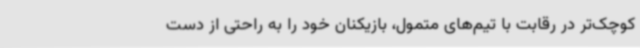
کوچک‌تر در رقابت با تیم‌های متمول، بازیکنان خود را به راحتی از دست